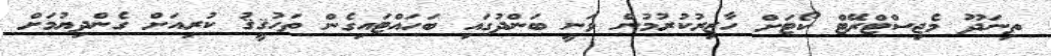
ތިނަދޫ މެޖިސްޓްރޭޓް ކޯޓަށް ހާޒިރުކުރުމުން ވަނީ ބަންދުގައި ބަހައްޓައިގެން ތަހުޤީޤު ކުރިއަށް ގެންދިޔުމަށް